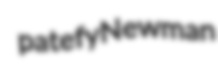
patefy Newman